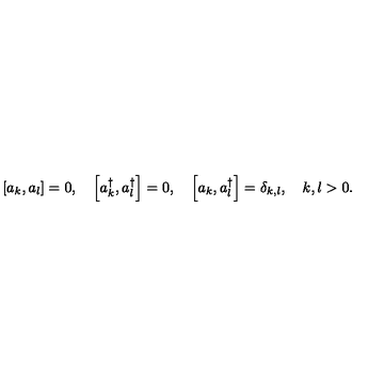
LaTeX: \left[ a _ { k } , a _ { l } \right] = 0 , \quad \left[ a _ { k } ^ { \dagger } , a _ { l } ^ { \dagger } \right] = 0 , \quad \left[ a _ { k } , a _ { l } ^ { \dagger } \right] = \delta _ { k , l } , \quad k , l > 0 .